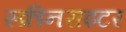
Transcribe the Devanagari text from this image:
स्क्रीनराइटर